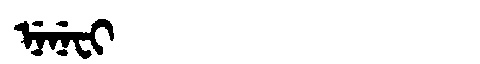
Manchu: ᠨᡝᠨᡝᠸᡳ
Romanization: NENEFI